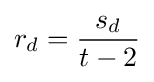
r_{d}={\frac {s_{d}}{t-2}}